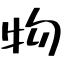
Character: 物